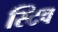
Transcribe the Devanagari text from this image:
स्टिव